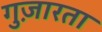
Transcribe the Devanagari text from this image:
गुज़ारता